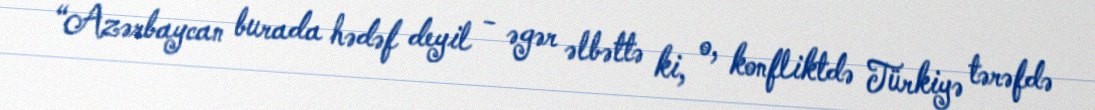
“Azərbaycan burada hədəf deyil - əgər əlbəttə ki, o, konfliktdə Türkiyə tərəfdə